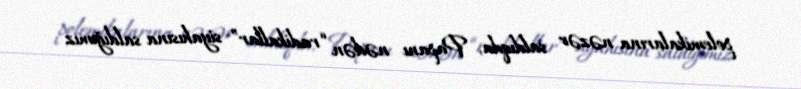
polemikalarına nəzər saldıqda, Papanı nədən “radikallar” siyahısına saldığımız